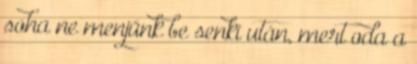
soha ne menjünk be senki után, mert oda a